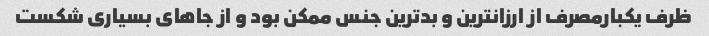
ظرف یکبارمصرف از ارزانترین و بدترین جنس ممکن بود و از جاهای بسیاری شکست